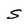
Character: S